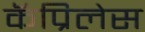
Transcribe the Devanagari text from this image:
कॅप्रिलेस